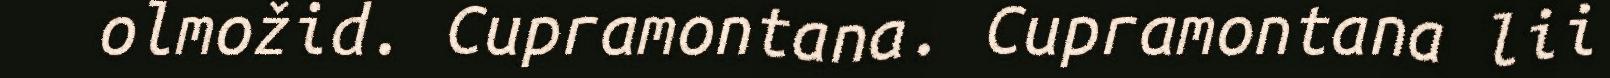
olmožid. Cupramontana. Cupramontana lii